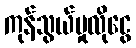
ကုန်သွယ်မှုလိုငွေ